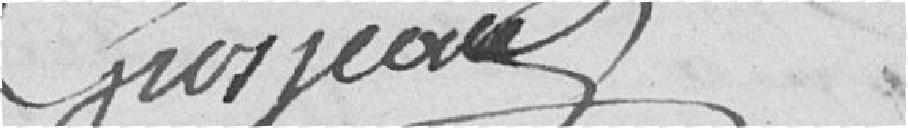
Grosjean